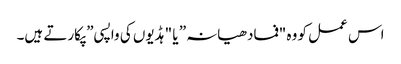
اس عمل کو وہ "فمادھیانہ” یا "ہڈیوں کی واپسی” پکارتے ہیں۔